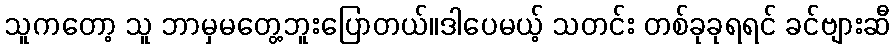
သူကတော့ သူ ဘာမှမတွေ့ဘူးပြောတယ်။ဒါပေမယ့် သတင်း တစ်ခုခုရရင် ခင်ဗျားဆီ